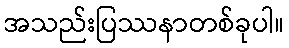
အသည်းပြဿနာတစ်ခုပါ။